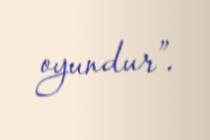
oyundur”.